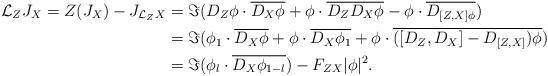
LaTeX: \begin{align*}\mathcal{L}_Z J_X= Z(J_X)-J_{\mathcal{L}_Z X}&=\Im(D_Z\phi \cdot \overline{D_X\phi}+\phi\cdot\overline{D_Z D_X\phi}-\phi\cdot \overline{D_{[Z, X]\phi}})\\&=\Im(\phi_1 \cdot \overline{D_X\phi}+\phi\cdot\overline{D_X\phi_1}+\phi\cdot \overline{([D_Z, D_X]-D_{[Z, X]})\phi})\\&=\Im(\phi_l\cdot\overline{D_X\phi_{1-l}})-F_{ZX}|\phi|^2.\end{align*}